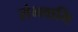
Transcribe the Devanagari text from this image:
संभवामि